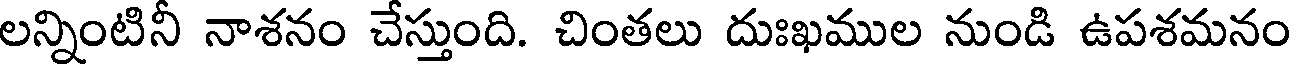
లన్నింటినీ నాశనం చేస్తుంది. చింతలు దుఃఖముల నుండి ఉపశమనం